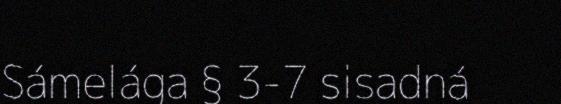
Sámelága § 3-7 sisadná